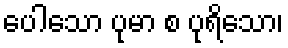
ပေါသော ပုမာ စ ပုရိသော၊